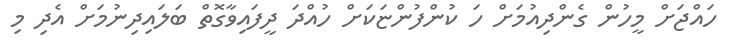
ހައްޖަށް މީހުން ގެންދިއުމަށް ހަ ކުންފުންޏަކަށް ހުއްދަ ދީފައިވާގޮތް ބަލައިދިނުމަށް އެދި މި